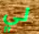
لي